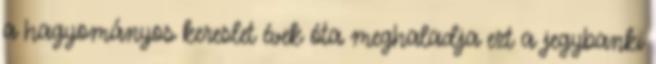
a hagyományos kereslet évek óta meghaladja ezt a jegybanki